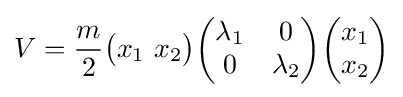
V={\frac {m}{2}}{\begin{pmatrix}x_{1}\ x_{2}\end{pmatrix}}{\begin{pmatrix}\lambda _{1}&0\\0&\lambda _{2}\end{pmatrix}}{\begin{pmatrix}x_{1}\\x_{2}\end{pmatrix}}